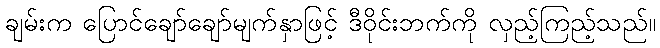
ချမ်းက ပြောင်ချော်ချော်မျက်နှာဖြင့် ဒီဝိုင်းဘက်ကို လှည့်ကြည့်သည်။